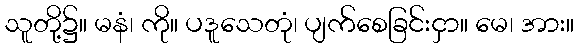
သူတို့၌။ မနံ၊ ကို။ ပဒူသေတုံ၊ ပျက်စေခြင်းငှာ။ မေ၊ အား။